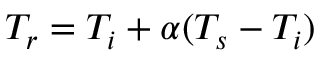
T _ { r } = T _ { i } + \alpha ( T _ { s } - T _ { i } )